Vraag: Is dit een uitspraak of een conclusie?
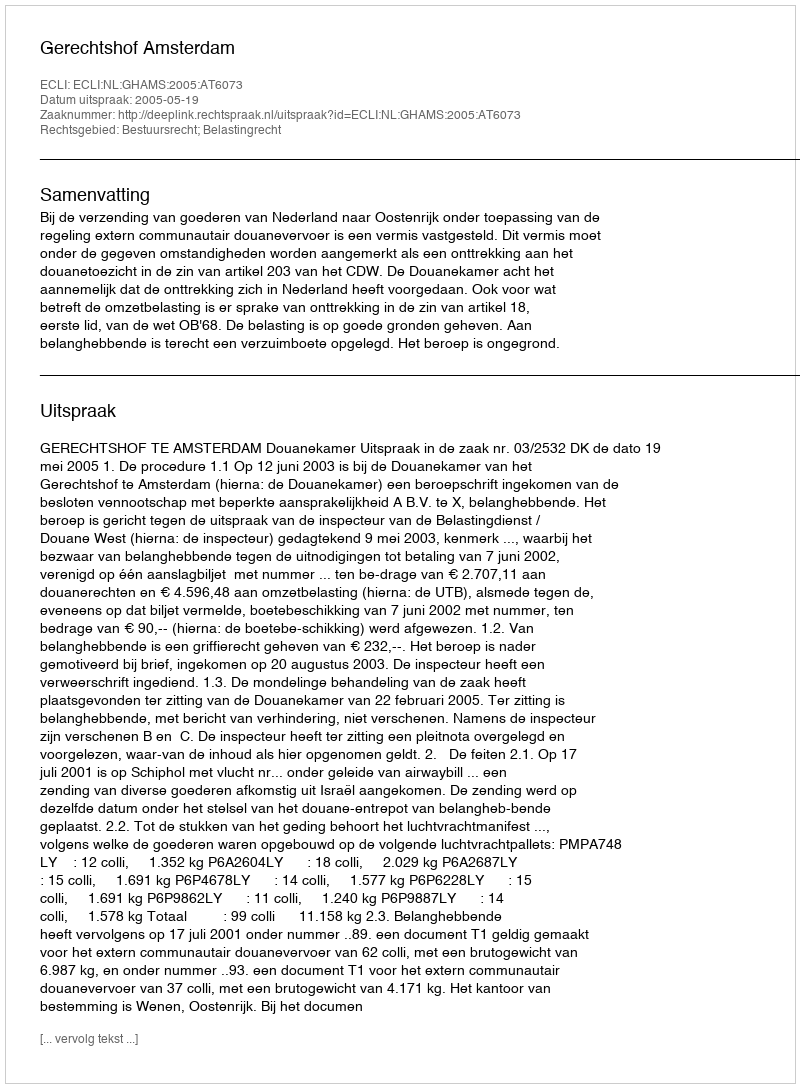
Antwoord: Uitspraak